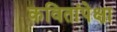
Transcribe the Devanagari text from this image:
कवितांपेक्षा